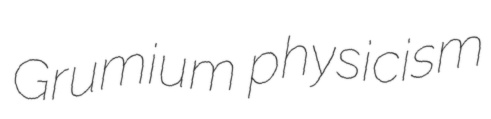
Grumium physicism